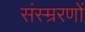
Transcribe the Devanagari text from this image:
संस्म्ररणों